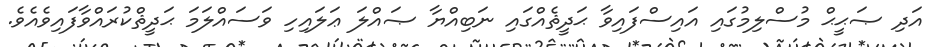
އަދި ޞަޙީޙް މުސްލިމުގައި އައިސްފައިވާ ޙަދީޘެއްގައި ނަބިއްޔާ ޞައްލަ ޢަލައިހި ވަސައްލަމަ ޙަދީޘްކުރައްވާފައިވެއެވެ.